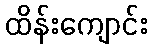
ထိန်းကျောင်း